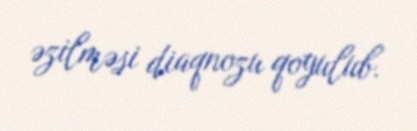
əzilməsi diaqnozu qoyulub.